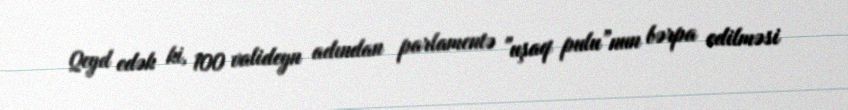
Qeyd edək ki, 100 valideyn adından parlamentə "uşaq pulu”nun bərpa edilməsi